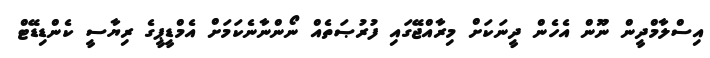
އިސްލާމްދީން ނޫން އެހެން ދީނަކަށް މިރާއްޖޭގައި ފުރުޞަތެއް ނޯންނާނެކަމަށް އެމްޑީޕީގެ ރިޔާސީ ކެންޑިޑޭޓް